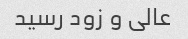
عالی و زود رسید